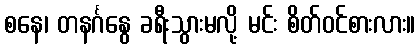
စနေ၊ တနင်္ဂနွေ ခရီးသွားမလို့ မင်း စိတ်ဝင်စားလား။